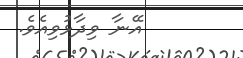
އޭނާ ވިދާޅުވިއެވެ.